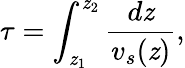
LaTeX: \tau=\int_{\mathit{z}_{1}}^{\mathit{z}_{2}}\frac{{d\mathit{z}}}{{v_{s}(\mathit{z})}},